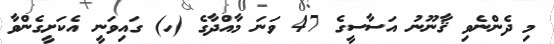
މި ދެންނެވި ޤާނޫނު އަސާސީގެ 47 ވަނަ މާއްދާގެ (ހ) ގައިވަނީ އެކަށީގެންވާ